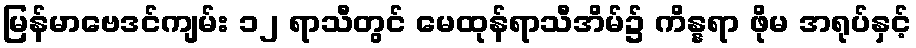
မြန်မာဗေဒင်ကျမ်း ၁၂ ရာသီတွင် မေထုန်ရာသီအိမ်၌ ကိန္နရာ ဖိုမ အရုပ်နှင့်